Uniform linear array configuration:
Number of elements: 32
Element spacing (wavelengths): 0.5
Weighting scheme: exponential
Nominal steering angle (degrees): -30
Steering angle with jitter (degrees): -31.21
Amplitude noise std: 0.05
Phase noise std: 0.05

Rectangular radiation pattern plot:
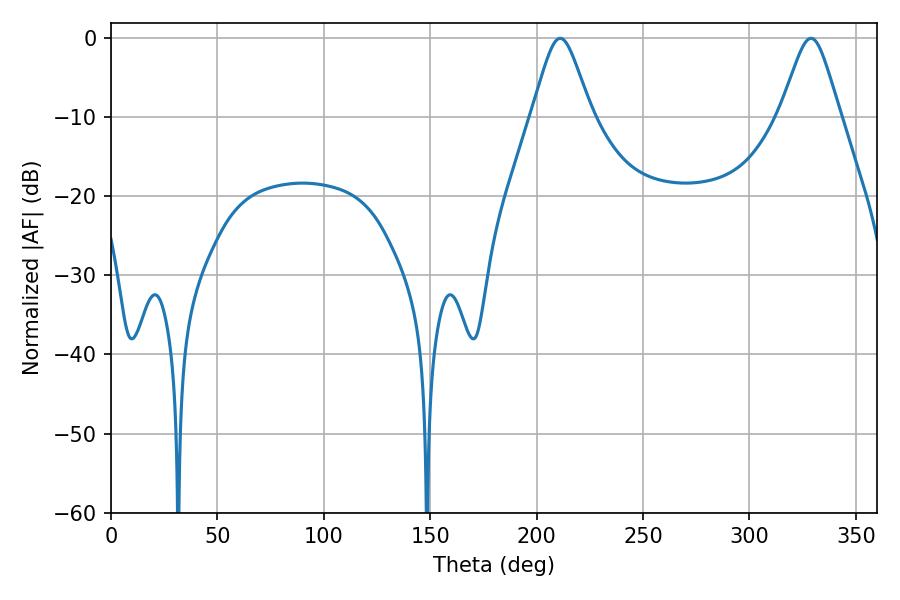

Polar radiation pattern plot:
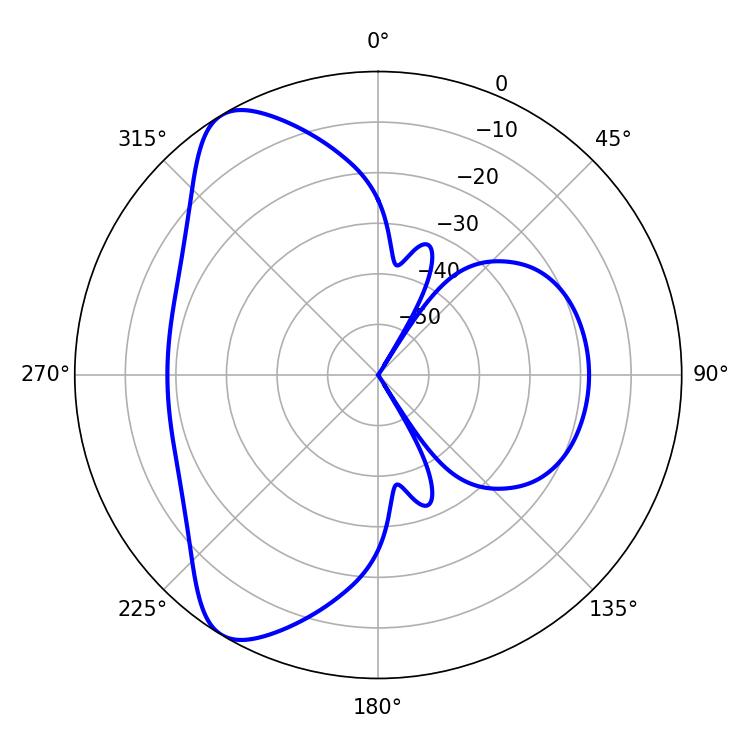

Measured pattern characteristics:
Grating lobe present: FALSE
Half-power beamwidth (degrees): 13.5
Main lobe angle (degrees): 328.86